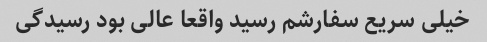
خیلی سریع سفارشم رسید واقعا عالی بود رسیدگی